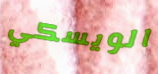
الويسكي